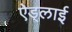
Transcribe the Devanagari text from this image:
ऐड्लाई